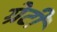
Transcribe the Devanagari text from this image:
ग्रेटी